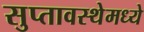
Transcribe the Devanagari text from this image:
सुप्तावस्थेमध्ये